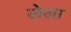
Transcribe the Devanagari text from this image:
लेला